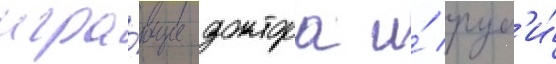
игра́ющие доктора и́ руб'и́